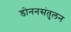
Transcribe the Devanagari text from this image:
डोननसंतुलन